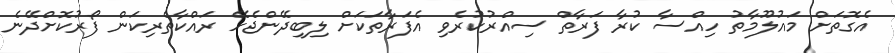
އެގޮތަށް މައުލޫމާތު ހިއްސާ ކުރާ ފަރާތް ސިއްރުކުރެވި އެފަރާތަކަށް ލިބިދޭންޖެހޭ ރައްކާތެރިކަން ފޯރުކޮށްދޭނެ